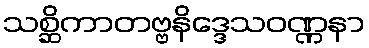
သစ္ဆိကာတဗ္ဗနိဒ္ဒေသဝဏ္ဏနာ